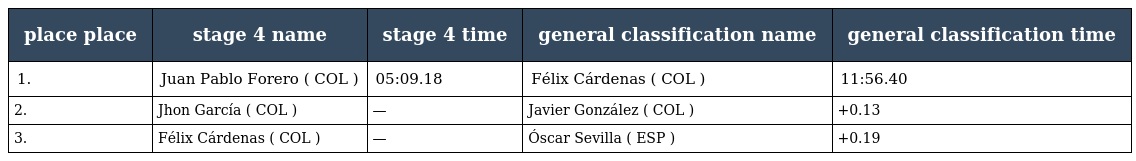
| place place | stage 4 name | stage 4 time | general classification name | general classification time |
 | --- | --- | --- | --- | --- |
 | 1. | Juan Pablo Forero ( COL ) | 05:09.18 | Félix Cárdenas ( COL ) | 11:56.40 |
 | 2. | Jhon García ( COL ) | — | Javier González ( COL ) | +0.13 |
 | 3. | Félix Cárdenas ( COL ) | — | Óscar Sevilla ( ESP ) | +0.19 |